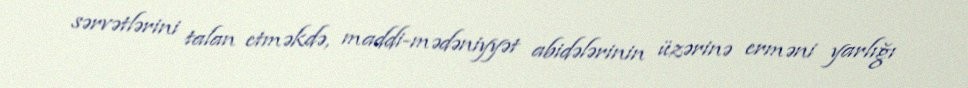
sərvətlərini talan etməkdə, maddi-mədəniyyət abidələrinin üzərinə erməni yarlığı